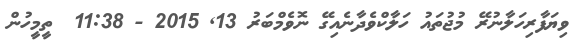
ވިޔަފާރިހަލާނުރޭ މުޖުތައު ހަލާކްވެދާނެއިގޭ ނޮވެމްބަރު 13